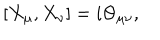
[ X _ { \mu } , X _ { \nu } ] = i \Theta _ { \mu \nu } ,